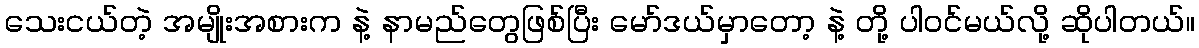
သေးငယ်တဲ့ အမျိုးအစားက နဲ့ နာမည်တွေဖြစ်ပြီး မော်ဒယ်မှာတော့ နဲ့ တို့ ပါဝင်မယ်လို့ ဆိုပါတယ်။